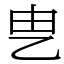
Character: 㐕